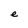
Character: e